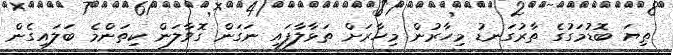
ތިޔަ ބޮޑުމަގުގެ ތާރުގަނޑު މިހާރުން މިހާރަށް ތަޅާލާފައި ނަގަން ގޮވާލަން ކިތަންމެ ބަލައިގެން